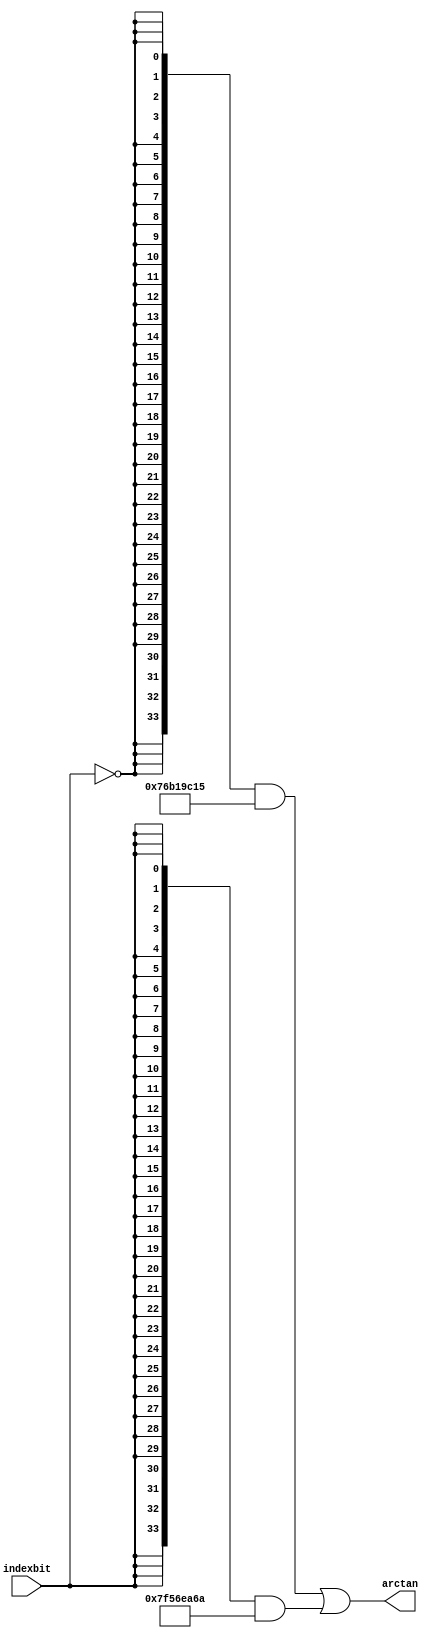
module  sin_altfp_sincos_cordic_atan_55b
	(
	arctan,
	indexbit) ;
	output   [33:0]  arctan;
	input   indexbit;
`ifndef ALTERA_RESERVED_QIS
// synopsys translate_off
`endif
	tri0   indexbit;
`ifndef ALTERA_RESERVED_QIS
// synopsys translate_on
`endif
	wire  [47:0]  valuenode_1_w;
	wire  [47:0]  valuenode_3_w;
	assign
		arctan = (({34{(~ indexbit)}} & valuenode_1_w[47:14]) | ({34{indexbit}} & valuenode_3_w[45:12])),
		valuenode_1_w = 48'b000111011010110001100111000001010110000110111011,
		valuenode_3_w = 48'b000001111111010101101110101001101010101100001100;
endmodule